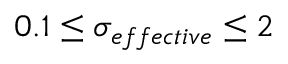
0 . 1 \leq \sigma _ { e f f e c t i v e } \leq 2